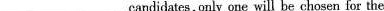
___ candidates ,only one will be chosen for the